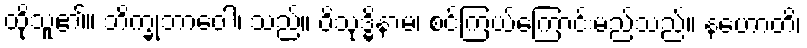
ထိုသူ၏။ ဘိက္ခုဘာဝေါ၊ သည်။ ဝိသုဒ္ဓိနာမ၊ စင်ကြယ်ကြောင်းမည်သည်။ နဟောတိ၊